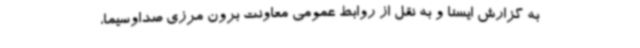
به گزارش ایسنا و به نقل از روابط عمومی معاونت برون مرزی صداوسیما،